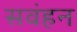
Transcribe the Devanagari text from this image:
सवंहन